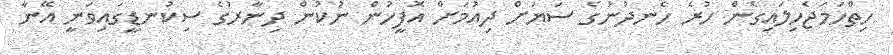
ހިތްހަމަޖެހިލައިގެން ހުރެ ހެނދުނުގެ ސަޔަށް ދިއުމަށް އޮފީހުން ނުކުން ދިނާރުގެ ސިކުނޑީގައިވަނީ އޭނާ